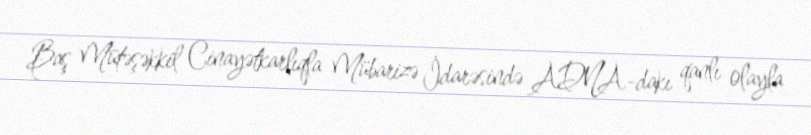
Baş Mütəşəkkil Cinayətkarlıqla Mübarizə İdarəsində ADNA-dakı qanlı olayla